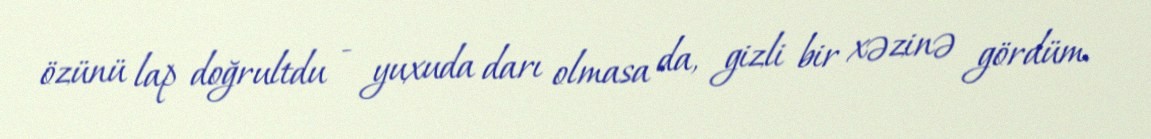
özünü lap doğrultdu - yuxuda darı olmasa da, gizli bir xəzinə gördüm.